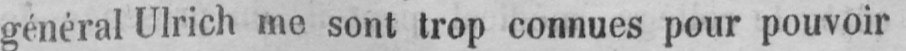
général Ulrich me sont trop connues pour pouvoir